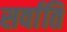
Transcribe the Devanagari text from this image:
सर्वाति